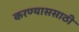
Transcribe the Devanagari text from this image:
करण्याससाठी